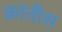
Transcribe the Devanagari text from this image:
क्रांतीस